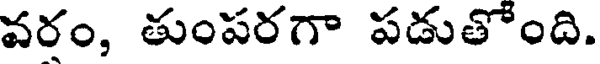
వరం, తుంపరగా పడుతోంది.